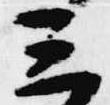
三